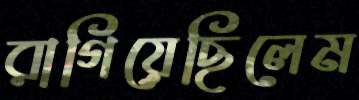
রাগিয়েছিলেম